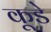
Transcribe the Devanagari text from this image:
कूडे